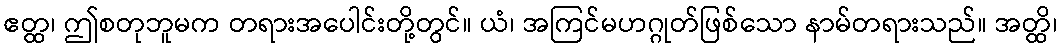
ဧတ္ထ၊ ဤစတုဘူမက တရားအပေါင်းတို့တွင်။ ယံ၊ အကြင်မဟဂ္ဂုတ်ဖြစ်သော နာမ်တရားသည်။ အတ္ထိ၊